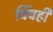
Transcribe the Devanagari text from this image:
चिंचही